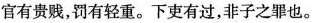
官有贵贱，罚有轻重。下吏有过，非子之罪也。